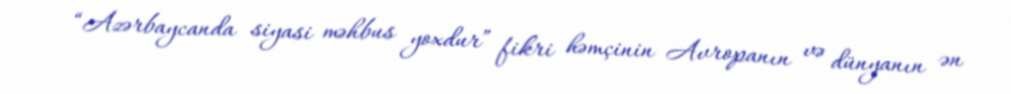
“Azərbaycanda siyasi məhbus yoxdur” fikri həmçinin Avropanın və dünyanın ən